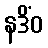
နဒိံဝ